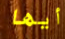
أيها